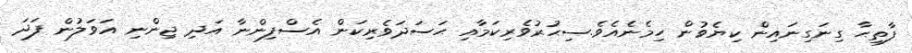
ފާތިޙާ ގިނަގިނައިން ކިޔެވުން ހިމެނެއެވެ.ސިޙުރުވެރިކަމާއި ޙަސަދަވެރިކަން އެސްފިންނާ އަދި ޖިންނި އަވަލުން ފަދަ